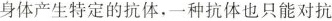
身体产生特定的抗体，一种抗体也只能对抗